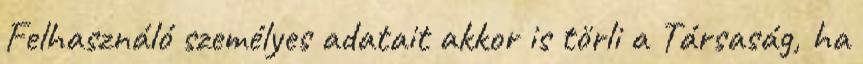
Felhasználó személyes adatait akkor is törli a Társaság, ha